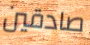
صادقين